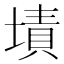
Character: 𰊜